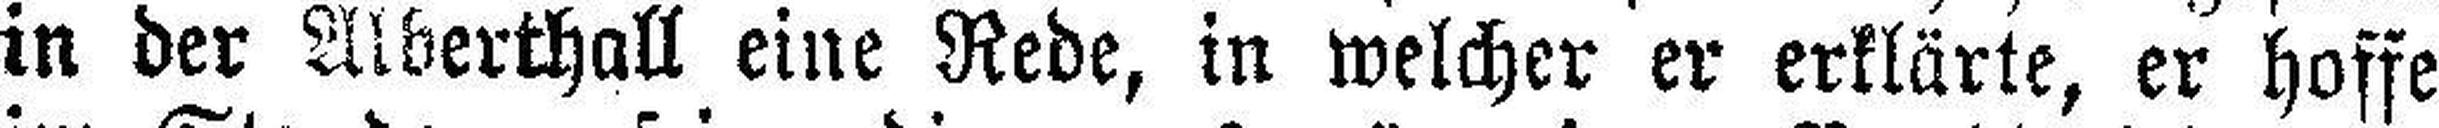
in der Alberthall eine Rede, in welcher er erklärte, er hoffe